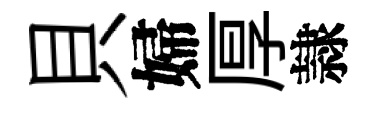
貝婦厚隷